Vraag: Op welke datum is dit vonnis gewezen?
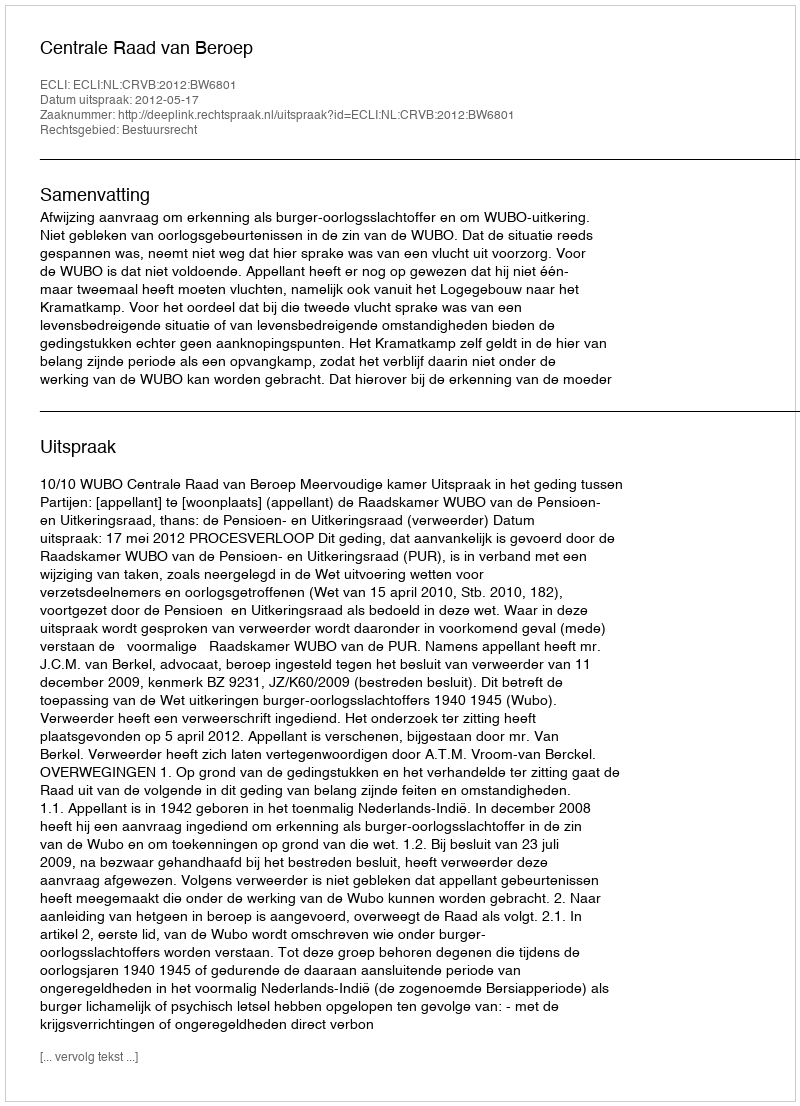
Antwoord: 2012-05-17